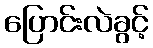
ပြောင်းလဲခွင့်